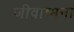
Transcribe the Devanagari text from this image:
जीवाष्मना